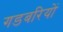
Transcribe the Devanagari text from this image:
गडबरियों